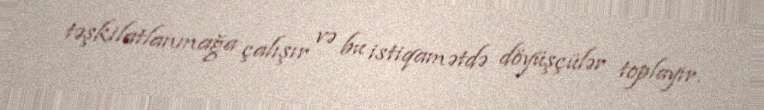
təşkilatlanmağa çalışır və bu istiqamətdə döyüşçülər toplayır.